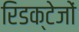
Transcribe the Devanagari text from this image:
रिडक्टेजों